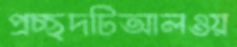
প্রচ্ছদটিআলওয়